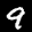
Label: 9